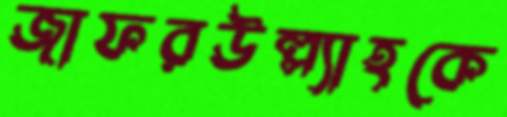
জাফরউল্ল্যাহকে